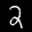
Label: 2